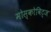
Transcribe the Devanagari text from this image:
मोस्कोविट्ज